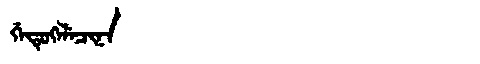
Manchu: ᡤᡝᡨᡠᡴᡝᠯᡝᠴᡳᠨᠠ
Romanization: GETUKELECINA